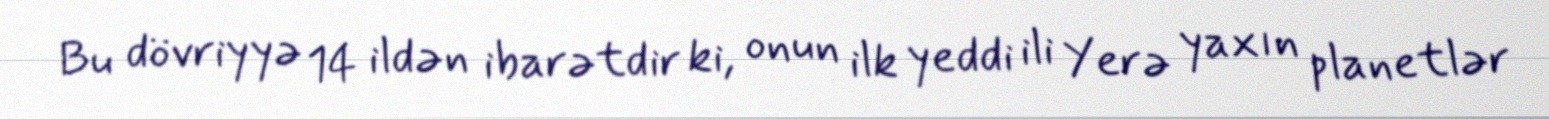
Bu dövriyyə 14 ildən ibarətdir ki, onun ilk yeddi ili Yerə yaxın planetlər